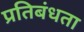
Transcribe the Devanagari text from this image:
प्रतिबंधता